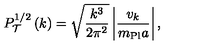
P _ { \cal T } ^ { 1 / 2 } \left( k \right) = \sqrt { \frac { k ^ { 3 } } { 2 \pi ^ { 2 } } } \left| { \frac { v _ { k } } { m _ { \mathrm { P l } } a } } \right| ,